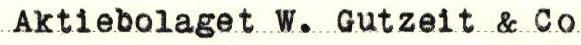
Aktiebolaget W. Gutzeit & Co